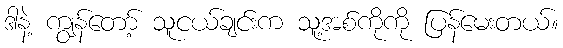
ဒါနဲ့ ကျွန်တော့် သူငယ်ချင်းက သူ့အစ်ကိုကို ပြန်မေးတယ်။